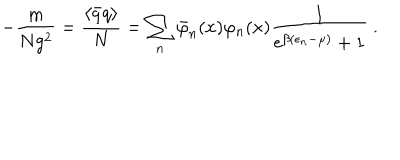
- \frac { m } { N g ^ { 2 } } = \frac { \langle \bar { q } q \rangle } { N } = \sum _ { n } \bar { \varphi } _ { n } ( x ) \varphi _ { n } ( x ) \frac { 1 } { \mathrm { e } ^ { \beta ( \epsilon _ { n } - \mu ) } + 1 } \ .